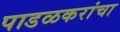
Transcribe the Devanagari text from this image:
पाडळकरांचा